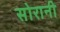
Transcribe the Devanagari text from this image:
सोरानी